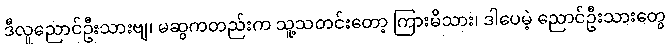
ဒီလူညောင်ဦးသားဗျ၊ မဆွကတည်းက သူ့သတင်းတော့ ကြားမိသား၊ ဒါပေမဲ့ ညောင်ဦးသားတွေ